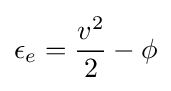
\epsilon _{e}={\frac {v^{2}}{2}}-\phi